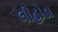
લીહોડા